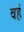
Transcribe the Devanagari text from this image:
वहं